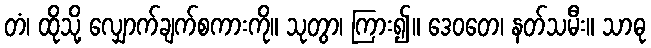
တံ၊ ထိုသို့ လျှောက်ချက်စကားကို။ သုတွာ၊ ကြား၍။ ဒေဝတေ၊ နတ်သမီး။ သာဓု